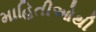
માહિતીઓથી